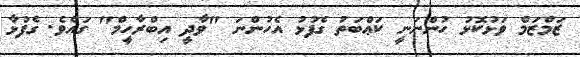
ޒަމްޒަމް ވަޅުކޮޅު ހުންނަނީ ކަޢްބަތު ގެފުޅު އެހުންނަ "ވާދީ އިބްރާހީމް" ގައެވެ. ގެފުޅާ